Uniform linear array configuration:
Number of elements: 16
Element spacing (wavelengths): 0.25
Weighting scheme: kaiser
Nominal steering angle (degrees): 60
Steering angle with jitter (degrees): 60.974
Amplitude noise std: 0.05
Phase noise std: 0.05

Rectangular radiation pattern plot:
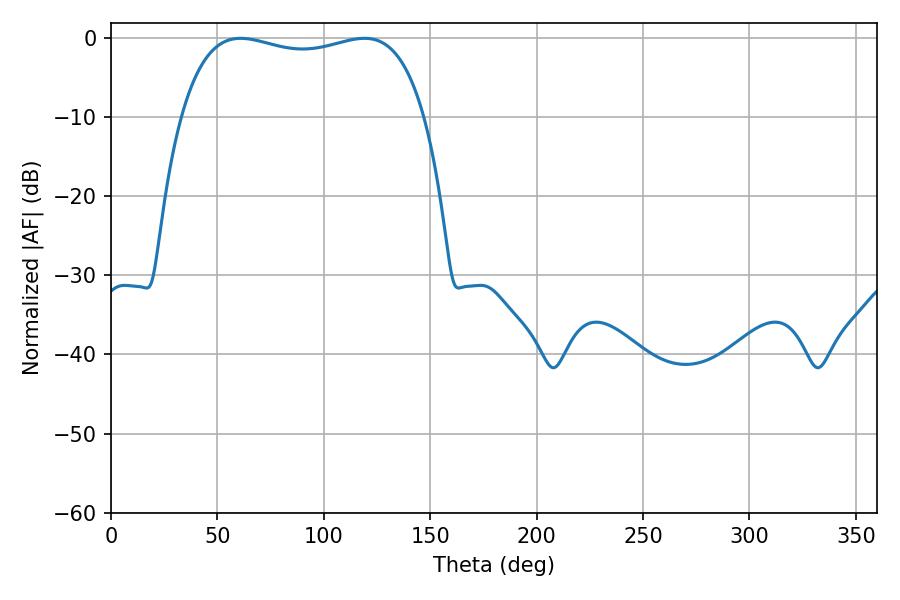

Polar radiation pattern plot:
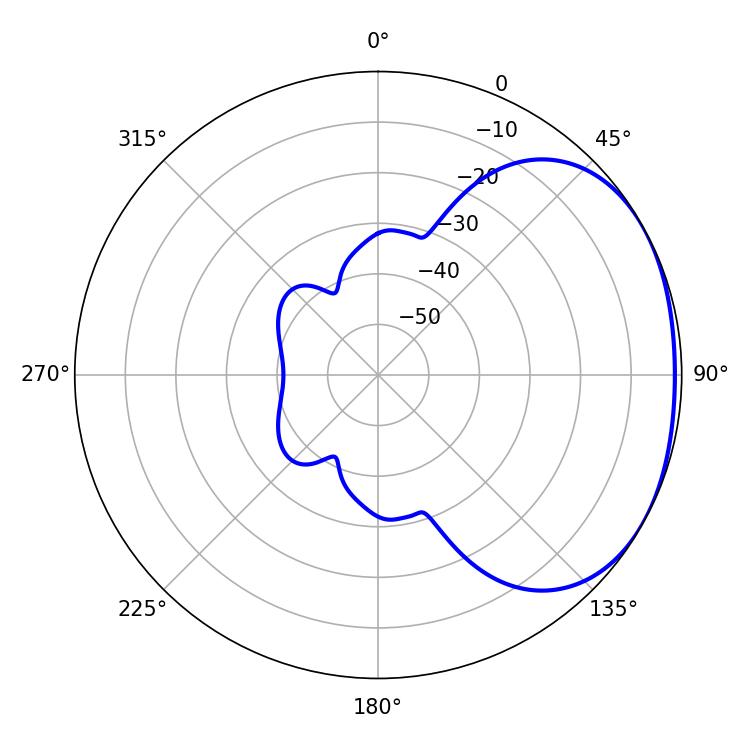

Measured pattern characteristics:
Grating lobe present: FALSE
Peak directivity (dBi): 1.875
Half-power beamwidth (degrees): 92.88
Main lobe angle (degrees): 60.84